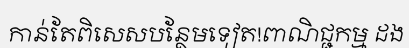
កាន់តែពិសេសបន្ថែមទៀត!ពាណិជ្ជកម្ម ដង